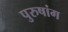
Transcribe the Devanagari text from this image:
पुरुषांग